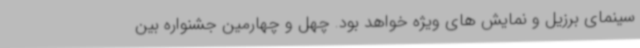
سینمای برزیل و نمایش های ویژه خواهد بود. چهل و چهارمین جشنواره بین